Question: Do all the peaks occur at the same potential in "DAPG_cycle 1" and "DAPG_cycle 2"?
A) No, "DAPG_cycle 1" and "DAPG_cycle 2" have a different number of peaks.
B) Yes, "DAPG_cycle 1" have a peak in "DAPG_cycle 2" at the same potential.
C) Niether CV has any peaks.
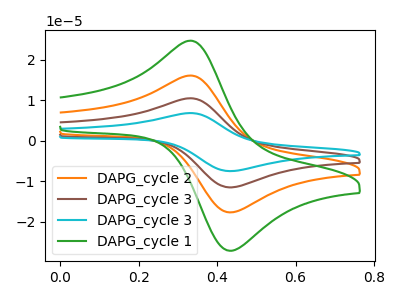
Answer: <think>The orange curve "DAPG_cycle 2" has an anodic peak at (0.35V, 16.10uA) and a cathodic peak at (0.45V, -17.70uA). The brown curve "DAPG_cycle 3" has an anodic peak at (0.35V, 32.20uA) and a cathodic peak at (0.45V, -35.40uA). The cyan curve "DAPG_cycle 3" has an anodic peak at (0.35V, 48.30uA) and a cathodic peak at (0.45V, -53.10uA). The green curve "DAPG_cycle 1" has an anodic peak at (0.35V, 24.70uA) and a cathodic peak at (0.45V, -27.15uA).</think>
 <answer>B) Yes, "DAPG_cycle 1" have a peak in "DAPG_cycle 2" at the same potential.</answer>
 <eval>B</eval>